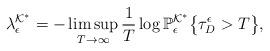
LaTeX: \begin{align*}\lambda_{\epsilon}^{\mathcal{K}^{\ast}} = -\limsup_{T \rightarrow \infty} \frac{1}{T} \log \mathbb{P}_{\epsilon}^{\mathcal{K}^{\ast}} \bigl\{ \tau_{D}^{\epsilon} > T\bigr\}, \end{align*}